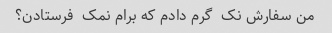
من سفارش نک  گرم دادم که برام نمک  فرستادن؟